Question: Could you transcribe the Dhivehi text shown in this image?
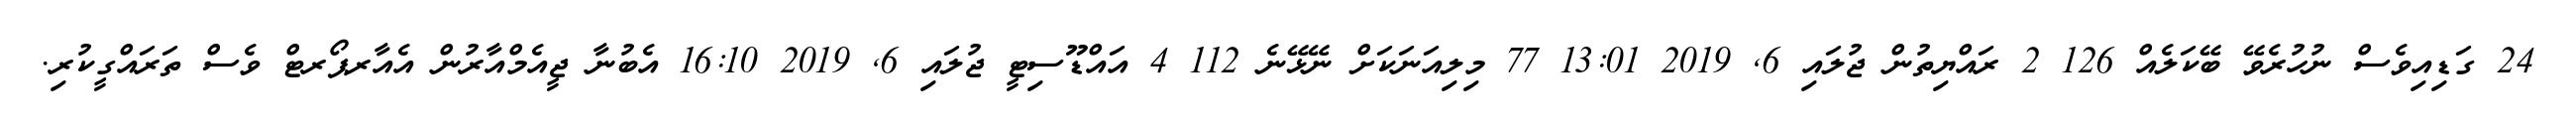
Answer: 24 ގަޑިއިވެސް ނުހުރެވޭ ބޭކަލެއް 126 2 ރައްޔިތުން ޖުލައި 6, 2019 13:01 77 މިލިއަނަކަށް ނޭޅޭނެ 112 4 އައްޑޫސިޓީ ޖުލައި 6, 2019 16:10 އެބުނާ ޖީއެމްއާރުން އެއާރޕޯރޓް ވެސް ތަރައްގީކުރި.